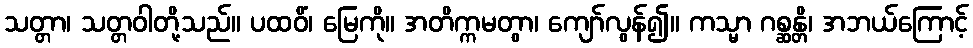
သတ္တာ၊ သတ္တဝါတို့သည်။ ပထဝိံ၊ မြေကို။ အတိက္ကမတွာ၊ ကျော်လွန်၍။ ကသ္မာ ဂစ္ဆန္တိ၊ အဘယ်ကြောင့်